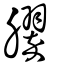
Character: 臎